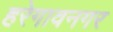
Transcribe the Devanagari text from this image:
हरेगावनगर